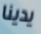
يدينا